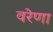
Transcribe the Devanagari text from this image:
वरेणा